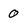
Character: 0